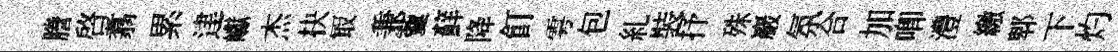
謄啟翥累䢖巘杰抉冣兼藑蘚降飣雩包糺裝抒殊巖氛合加唧澧繳郫下灼